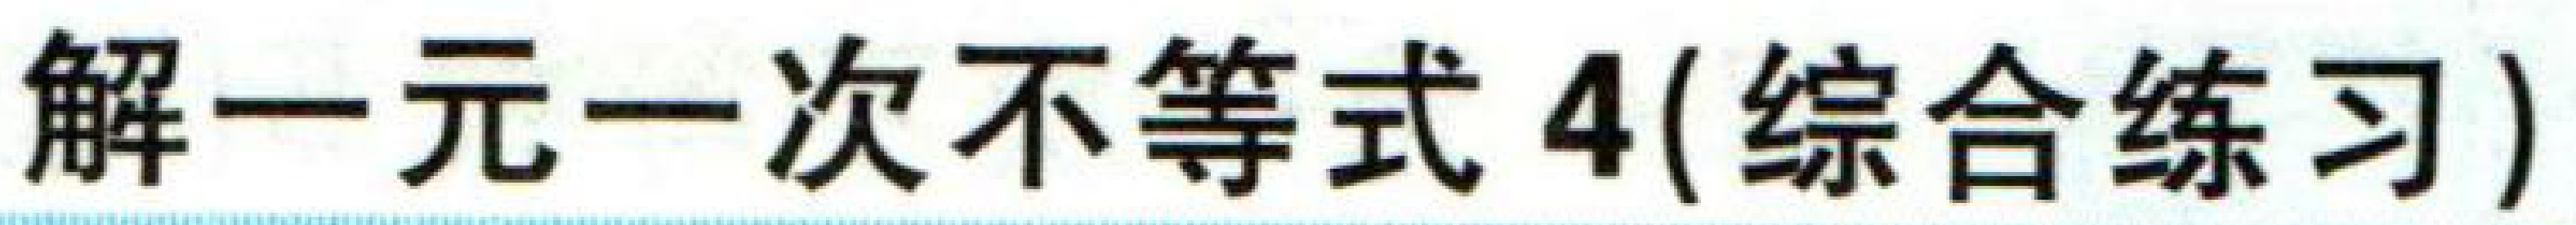
解一元一次不等式4(综合练习)